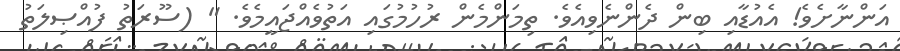
އަންނާށެވެ! އެއުޑާއި ބިން ދެންނެވިއެވެ. ތިމަންމެން ރުހުމުގައި އަތުވެއްޖައީމެވެ. " (ސޫރަތު ފުއްޞިލަތު